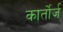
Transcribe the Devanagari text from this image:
कार्तोर्ज